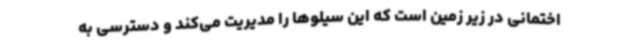
اختمانی در زیر زمین است که این سیلوها را مدیریت می‌کند و دسترسی به